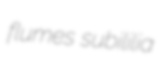
flumes subililia